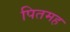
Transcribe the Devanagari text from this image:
पितमह